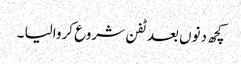
کچھ دنوں بعد ٹفن شروع کروالیا ۔